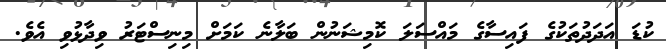
ކުޑަ އަދަދުތަކުގެ ފައިސާގެ މައްސަލަ ކޮމިޝަނުން ބަލާނެ ކަމަށް މިނިސްޓަރު ވިދާޅުވި އެވެ.